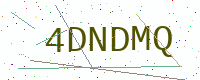
Text: 4DNDMQ